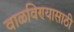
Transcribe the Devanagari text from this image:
वाळविण्यासाठी